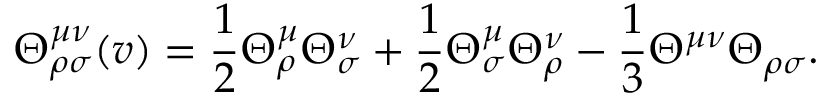
\Theta _ { \rho \sigma } ^ { \mu \nu } ( v ) = \frac { 1 } { 2 } \Theta _ { \rho } ^ { \mu } \Theta _ { \sigma } ^ { \nu } + \frac { 1 } { 2 } \Theta _ { \sigma } ^ { \mu } \Theta _ { \rho } ^ { \nu } - \frac { 1 } { 3 } \Theta ^ { \mu \nu } \Theta _ { \rho \sigma } .